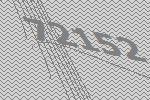
72152